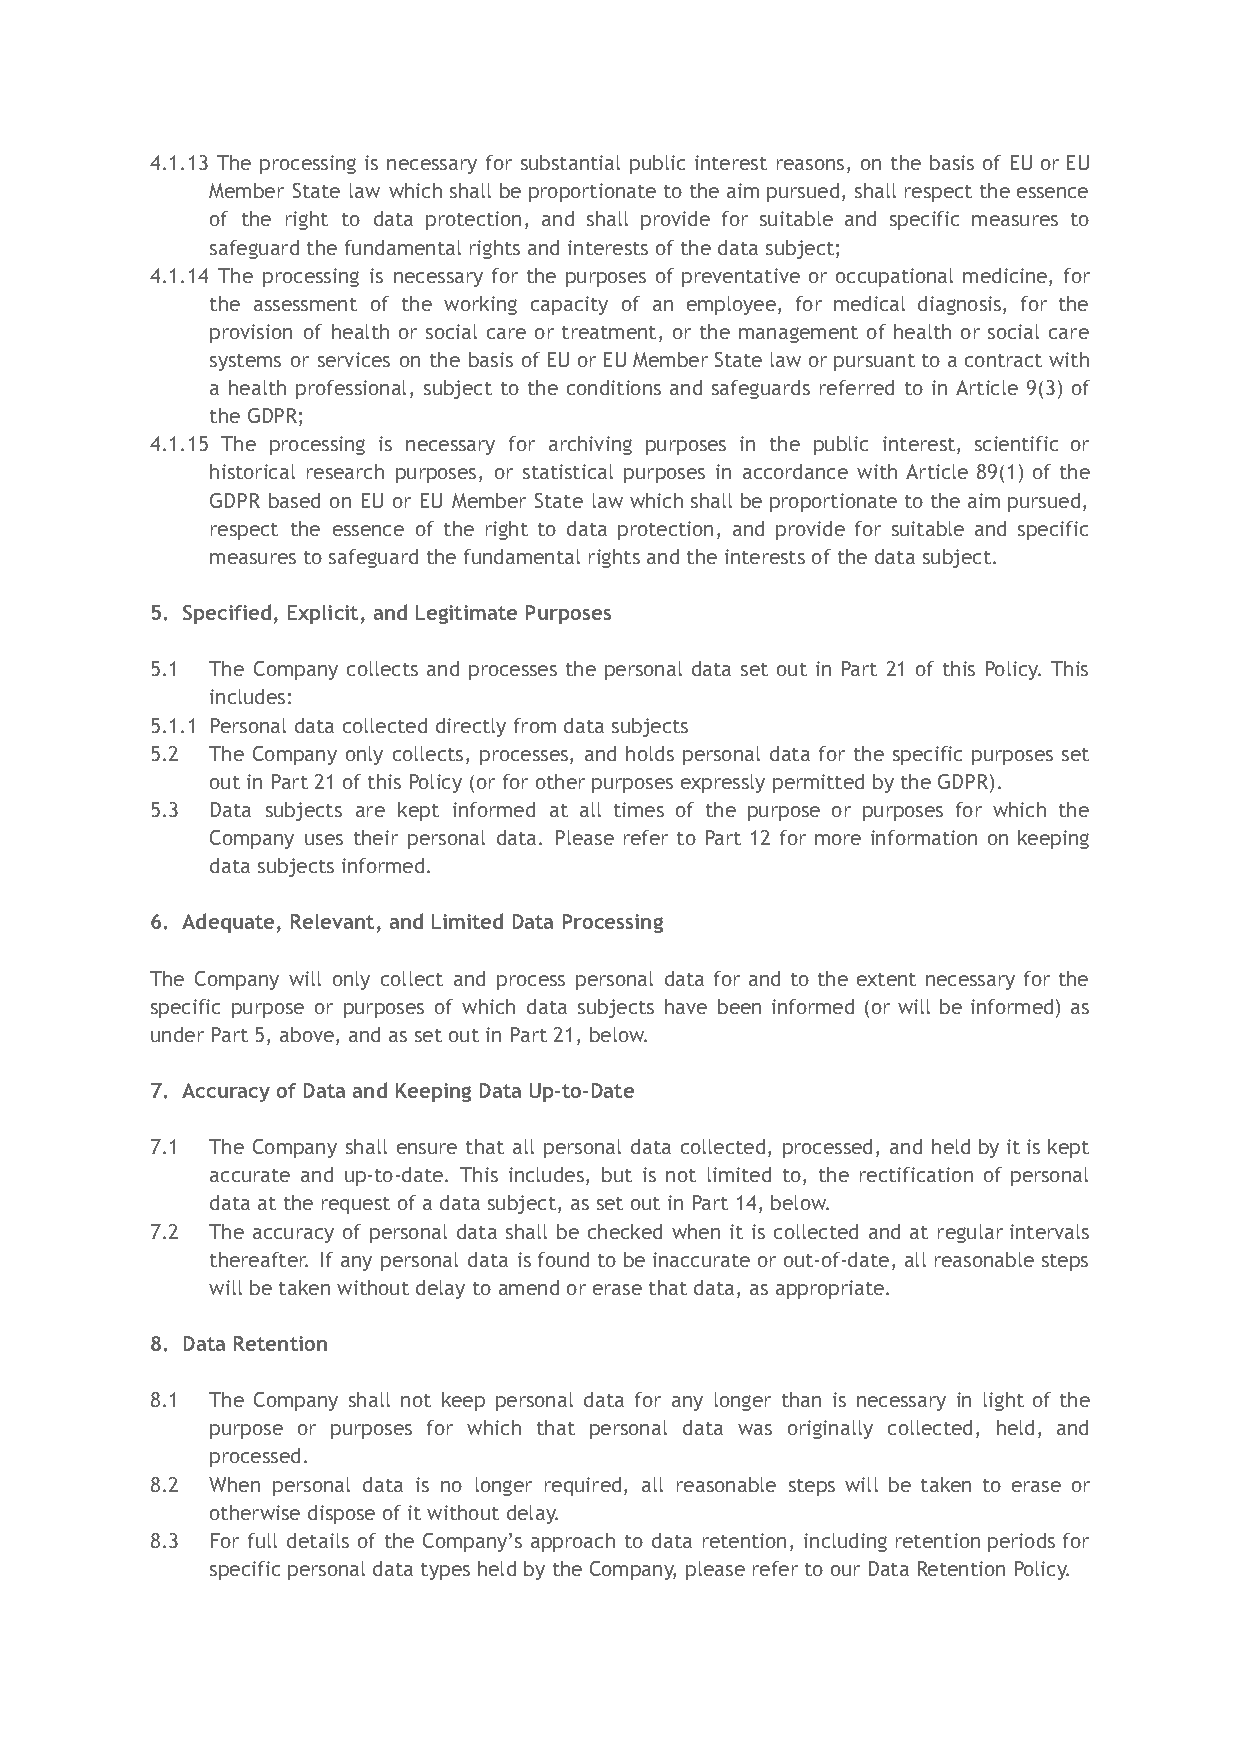
4.1.13 The processing is necessary for substantial public interest reasons, on the basis of EU or EU
 Member State law which shall be proportionate to the aim pursued, shall respect the essence
 of the right to data protection, and shall provide for suitable and specific measures to
 safeguard the fundamental rights and interests of the data subject;
 4.1.14 The processing is necessary for the purposes of preventative or occupational medicine, for
 the assessment of the working capacity of an employee, for medical diagnosis, for the
 provision of health or social care or treatment, or the management of health or social care
 systems or services on the basis of EU or EU Member State law or pursuant to a contract with
 a health professional, subject to the conditions and safeguards referred to in Article 9(3) of
 the GDPR;
 4.1.15 The processing is necessary for archiving purposes in the public interest, scientific or
 historical research purposes, or statistical purposes in accordance with Article 89(1) of the
 GDPR based on EU or EU Member State law which shall be proportionate to the aim pursued,
 respect the essence of the right to data protection, and provide for suitable and specific
 measures to safeguard the fundamental rights and the interests of the data subject.
 5. Specified, Explicit, and Legitimate Purposes
 5.1 The Company collects and processes the personal data set out in Part 21 of this Policy. This
 includes:
 5.1.1 Personal data collected directly from data subjects
 5.2 The Company only collects, processes, and holds personal data for the specific purposes set
 out in Part 21 of this Policy (or for other purposes expressly permitted by the GDPR).
 5.3 Data subjects are kept informed at all times of the purpose or purposes for which the
 Company uses their personal data. Please refer to Part 12 for more information on keeping
 data subjects informed.
 6. Adequate, Relevant, and Limited Data Processing
 The Company will only collect and process personal data for and to the extent necessary for the
 specific purpose or purposes of which data subjects have been informed (or will be informed) as
 under Part 5, above, and as set out in Part 21, below.
 7. Accuracy of Data and Keeping Data Up-to-Date
 7.1 The Company shall ensure that all personal data collected, processed, and held by it is kept
 accurate and up-to-date. This includes, but is not limited to, the rectification of personal
 data at the request of a data subject, as set out in Part 14, below.
 7.2 The accuracy of personal data shall be checked when it is collected and at regular intervals
 thereafter. If any personal data is found to be inaccurate or out-of-date, all reasonable steps
 will be taken without delay to amend or erase that data, as appropriate.
 8. Data Retention
 8.1 The Company shall not keep personal data for any longer than is necessary in light of the
 purpose or purposes for which that personal data was originally collected, held, and
 processed.
 8.2 When personal data is no longer required, all reasonable steps will be taken to erase or
 otherwise dispose of it without delay.
 8.3 For full details of the Company’s approach to data retention, including retention periods for
 specific personal data types held by the Company, please refer to our Data Retention Policy.